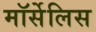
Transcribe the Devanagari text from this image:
मॉर्सेलिस